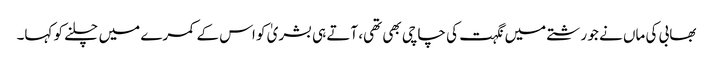
بھابی کی ماں نے جو رشتے میں نگہت کی چاچی بھی تھی، آتے ہی بشریٰ کو اس کے کمرے میں چلنے کو کہا۔